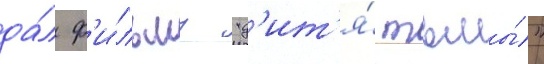
да́л ф'и́льму "д'ит'я́ тьмы́"